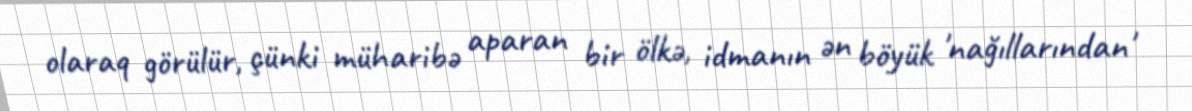
olaraq görülür, çünki müharibə aparan bir ölkə, idmanın ən böyük 'nağıllarından'